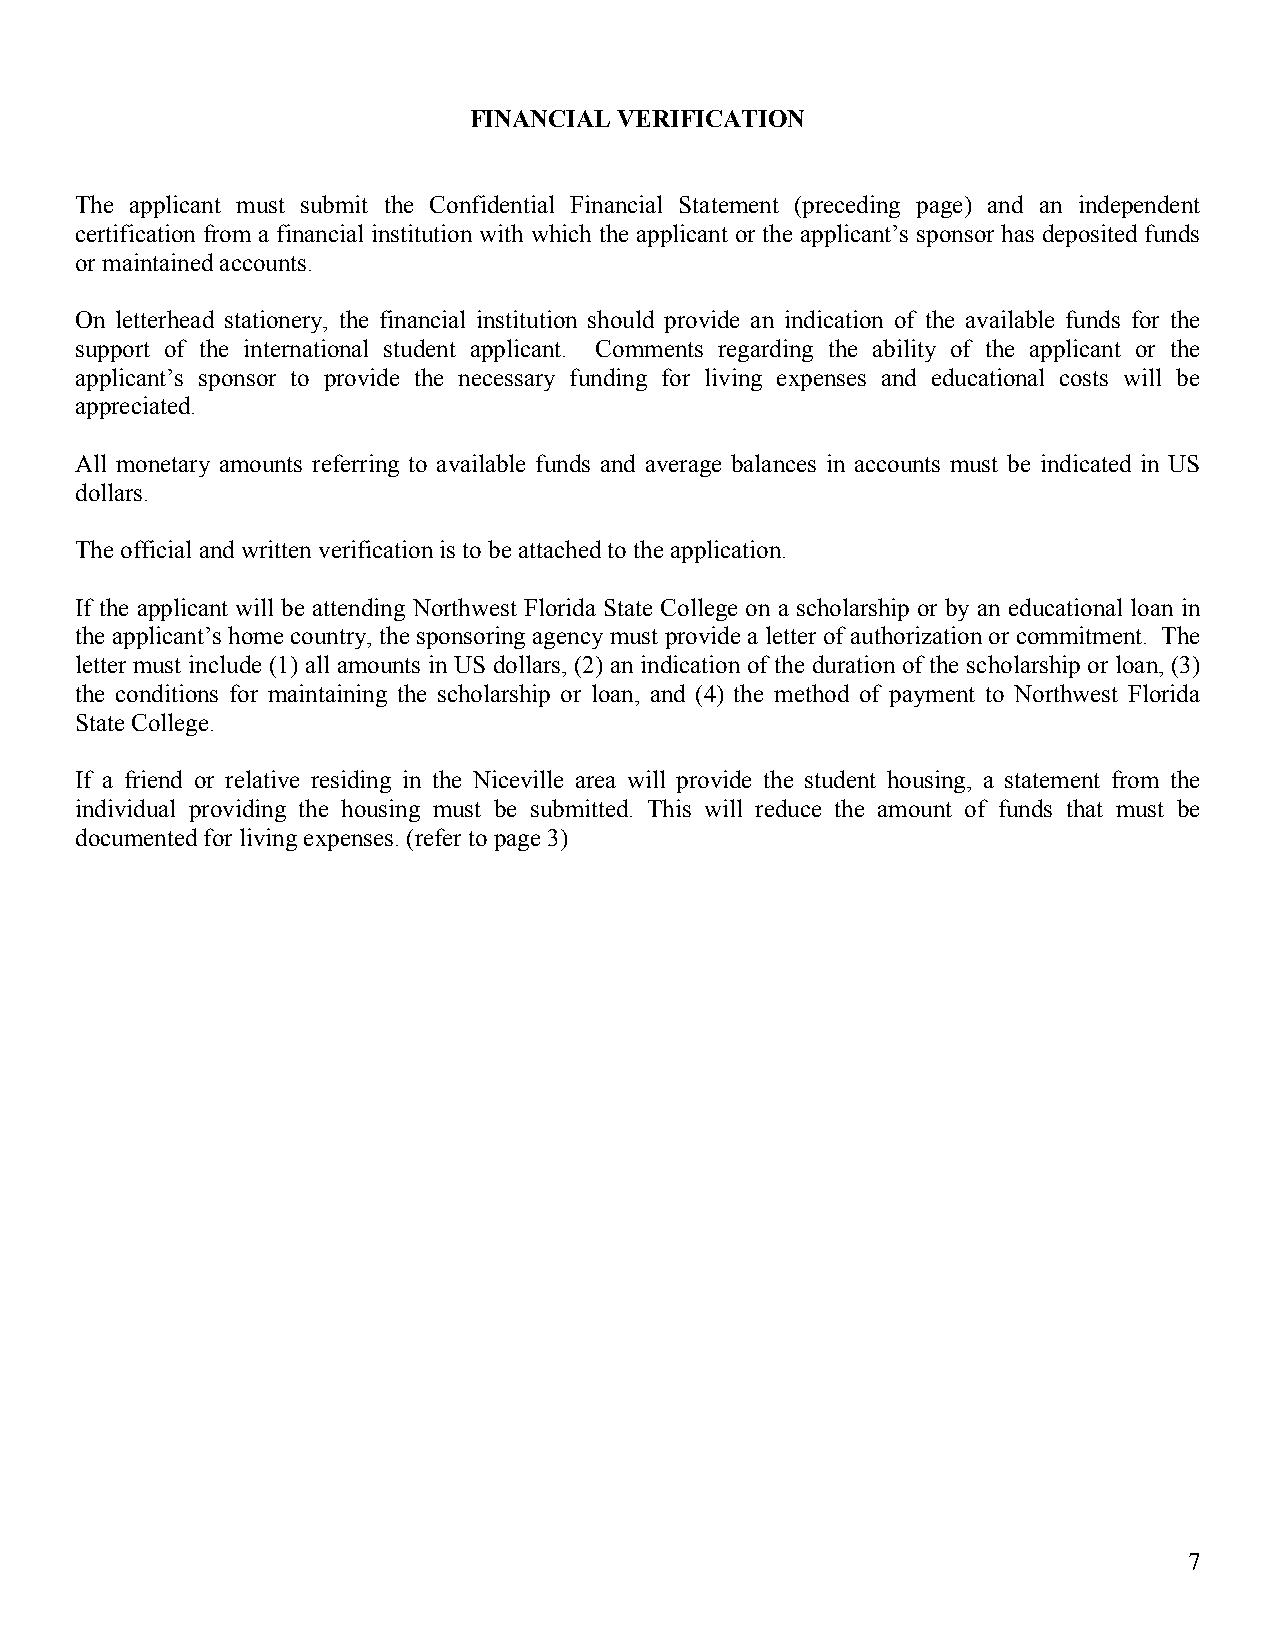
FINANCIAL VERIFICATION
 The applicant must submit the Confidential Financial Statement (preceding page) and an independent
 certification from a financial institution with which the applicant or the applicant’s sponsor has deposited funds
 or maintained accounts.
 On letterhead stationery, the financial institution should provide an indication of the available funds for the
 support of the international student applicant. Comments regarding the ability of the applicant or the
 applicant’s sponsor to provide the necessary funding for living expenses and educational costs will be
 appreciated.
 All monetary amounts referring to available funds and average balances in accounts must be indicated in US
 dollars.
 The official and written verification is to be attached to the application.
 If the applicant will be attending Northwest Florida State College on a scholarship or by an educational loan in
 the applicant’s home country, the sponsoring agency must provide a letter of authorization or commitment. The
 letter must include (1) all amounts in US dollars, (2) an indication of the duration of the scholarship or loan, (3)
 the conditions for maintaining the scholarship or loan, and (4) the method of payment to Northwest Florida
 State College.
 If a friend or relative residing in the Niceville area will provide the student housing, a statement from the
 individual providing the housing must be submitted. This will reduce the amount of funds that must be
 documented for living expenses. (refer to page 3)
 7